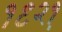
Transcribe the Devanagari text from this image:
१९२१़